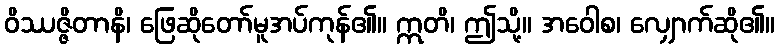
ဝိဿဇ္ဇိတာနိ၊ ဖြေဆိုတော်မူအပ်ကုန်၏။ ဣတိ၊ ဤသို့။ အဝေါစ၊ လျှောက်ဆို၏။